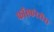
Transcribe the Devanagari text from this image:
फॉस्फरेसेंस